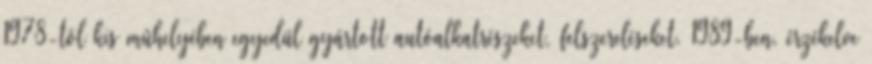
1978-tól kis mûhelyében egyedül gyártott autóalkatrészeket, felszereléseket. 1989-ben, érzékelve